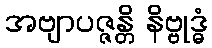
အဗျာပဇ္ဇန္တိ နိဗ္ဗုဒ္ဓံ